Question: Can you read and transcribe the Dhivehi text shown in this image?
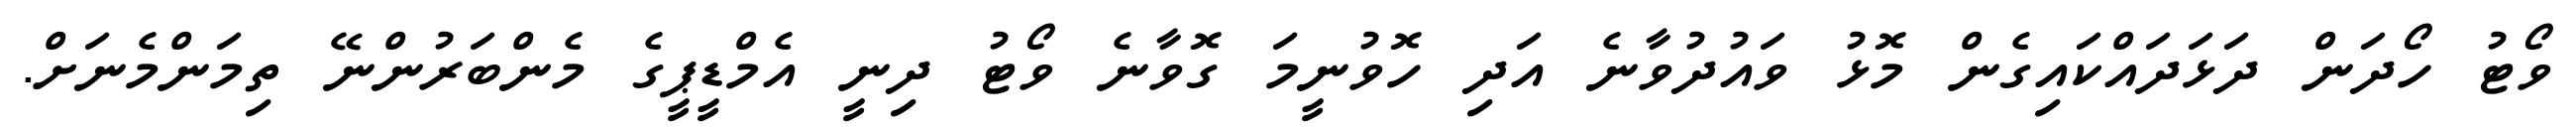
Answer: ވޯޓު ހޯދަން ދަޅަދައްކައިގެން މޮޅު ވައުދުވާނެ އަދި ހޮވުނީމަ ގޮވާނެ ވޯޓު ދިނީ އެމްޑީޕީގެ މެންބަރުންނޭ ތިމަންމެނަށް.